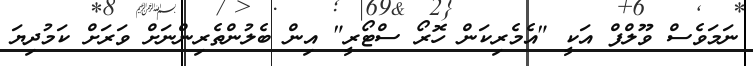
ނަމަވެސް ވޫލްފް އަކީ "އެމެރިކަން ހޮރޯ ސްޓޯރީ" އިން ބެލުންތެރިންނަށް ވަރަށް ކަމުދިޔަ